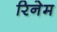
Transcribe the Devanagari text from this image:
रिनेम